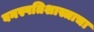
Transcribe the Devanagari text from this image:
वनस्पतिशास्त्राचा